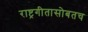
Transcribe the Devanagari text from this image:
राष्ट्रगीतासोबतच